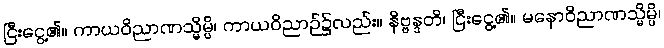
ငြီးငွေ့၏။ ကာယဝိညာဏသ္မိမ္ပိ၊ ကာယဝိညာဉ်၌လည်း။ နိဗ္ဗန္ဒတိ၊ ငြီးငွေ့၏။ မနောဝိညာဏသ္မိမ္ပိ၊